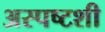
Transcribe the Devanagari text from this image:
अस्पष्टशी